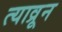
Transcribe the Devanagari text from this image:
त्याव्रून